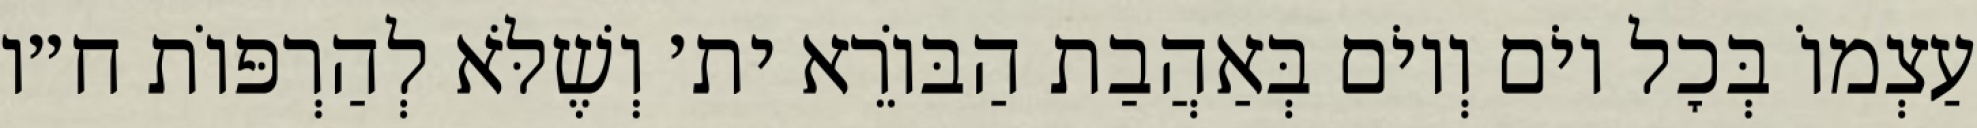
עַצְמוֹ בְּכׇל יוֹם וְיוֹם בְּאַהֲבַת הַבּוֹרֵא ית׳ וְשֶׁלֹּא לְהַרְפּוֹת ח״ו